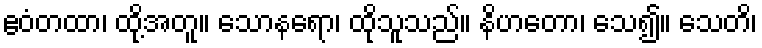
ဧဝံတထာ၊ ထို့အတူ။ သောနရော၊ ထိုသူသည်။ နိဟတော၊ သေ၍။ သေတိ၊